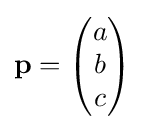
\mathbf {p} ={\begin{pmatrix}a\\b\\c\end{pmatrix}}